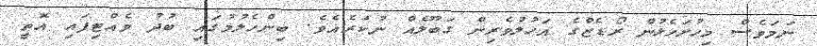
ނަމަވެސް މިހުށަހެޅުން ރޯޑެޒްގެ އަހުލުވެރިން ގަބޫލެއް ނުކުރެއެވެ. ބިންހެލުމުގައި ބުދު ވެއްޓިފައި އޮތީ